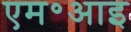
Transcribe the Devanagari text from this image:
एम॰आइ